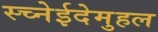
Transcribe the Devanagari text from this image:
स्च्नेईदेमुहल